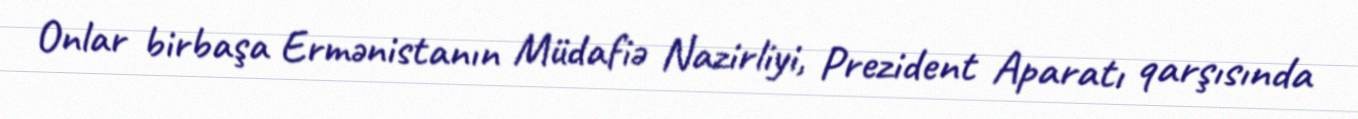
Onlar birbaşa Ermənistanın Müdafiə Nazirliyi, Prezident Aparatı qarşısında